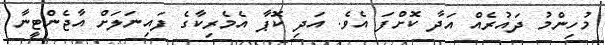
މުހިންމު ދައުރެއް އަދާ ކޮށްފަ އެވެ. އަދި ކޮޕާ އެމެރިކާގެ ފައިނަލަށް އާޖެންޓީނާ